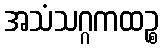
အသံသဂ္ဂကထဉ္စ